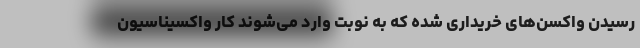
رسیدن واکسن‌های خریداری شده که به نوبت وارد می‌شوند کار واکسیناسیون